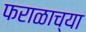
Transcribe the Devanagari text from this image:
फराळाच्या